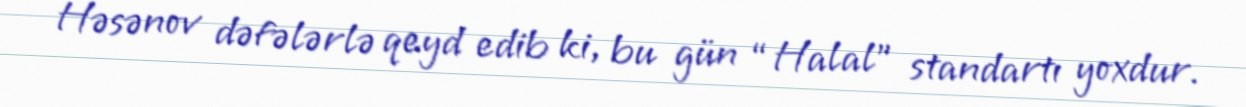
Həsənov dəfələrlə qeyd edib ki, bu gün “Halal” standartı yoxdur.